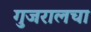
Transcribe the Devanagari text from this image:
गुजरालचा